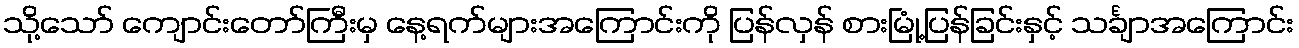
သို့သော် ကျောင်းတော်ကြီးမှ နေ့ရက်များအကြောင်းကို ပြန်လှန် စားမြုံ့ပြန်ခြင်းနှင့် သင်္ချာအကြောင်း